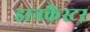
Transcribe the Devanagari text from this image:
डानकैस्टर